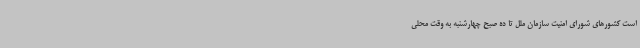
است کشورهای شورای امنیت سازمان ملل تا ده صبح چهارشنبه به وقت محلی